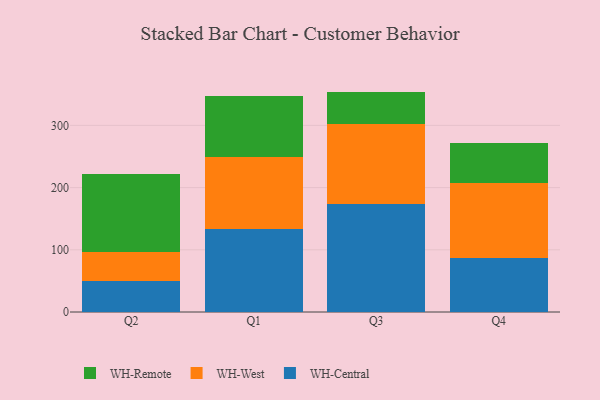
{"axis": {"x": "Quarter", "y": "Demand Index"}, "legend": ["WH-Central", "WH-Remote", "WH-West"], "data": [{"x": "Q2", "y": 50.1, "type": "WH-Central"}, {"x": "Q2", "y": 47.0, "type": "WH-West"}, {"x": "Q2", "y": 124.6, "type": "WH-Remote"}, {"x": "Q1", "y": 132.8, "type": "WH-Central"}, {"x": "Q1", "y": 117.1, "type": "WH-West"}, {"x": "Q1", "y": 97.4, "type": "WH-Remote"}, {"x": "Q3", "y": 174.3, "type": "WH-Central"}, {"x": "Q3", "y": 128.0, "type": "WH-West"}, {"x": "Q3", "y": 52.0, "type": "WH-Remote"}, {"x": "Q4", "y": 86.2, "type": "WH-Central"}, {"x": "Q4", "y": 120.6, "type": "WH-West"}, {"x": "Q4", "y": 64.1, "type": "WH-Remote"}]}